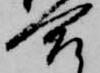
合